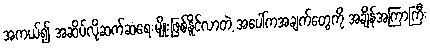
အကယ်၍ အဆိပ်လိုဆက်ဆံရေးမျိုးဖြစ်နိူင်လာတဲ့ အပေါ်ကအချက်တွေကို အချိန်အကြာကြီး